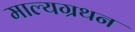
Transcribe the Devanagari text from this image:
माल्यग्रथन